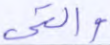
والتي